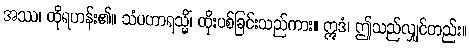
အဿ၊ ထိုရဟန်း၏။ သံပဟာရသ္မိံ၊ ထိုးပစ်ခြင်းသည်ကား။ ဣဒံ၊ ဤသည်လျှင်တည်း။